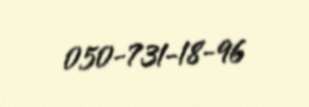
050-731-18-96